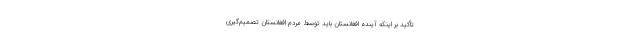
تأکید بر اینکه آینده افغانستان باید توسط مردم افغانستان تصمیم‌گیری